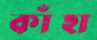
কাঁহা